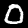
Digit: 0